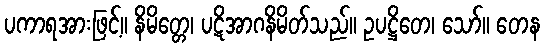
ပကာရအားဖြင့်။ နိမိတ္တေ၊ ပဋိအာဂနိမိတ်သည်။ ဥပဋ္ဌိတေ၊ သော်။ တေန